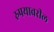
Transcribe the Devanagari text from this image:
रुपयावरील